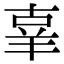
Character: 𦍬